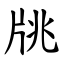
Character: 㸠